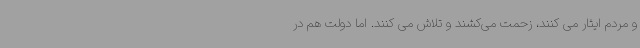
و مردم ایثار می کنند، زحمت می‌کشند و تلاش می کنند. اما دولت هم در